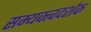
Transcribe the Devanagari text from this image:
सम्यक्त्वदर्शक